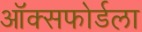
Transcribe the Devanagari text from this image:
ऑक्सफोर्डला